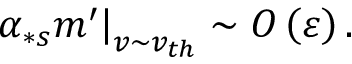
\left. \alpha _ { \ast s } m ^ { \prime } \right\vert _ { v \sim v _ { t h } } \sim O \left( \varepsilon \right) .